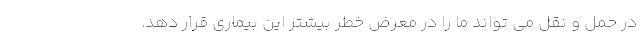
در حمل و نقل می تواند ما را در معرض خطر بیشتر این بیماری قرار دهد.